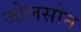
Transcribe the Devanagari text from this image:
जोलसोन